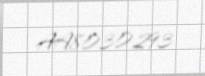
AA8030293